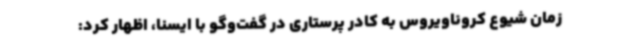
زمان شیوع کروناویروس به کادر پرستاری در گفت‌وگو با ایسنا، اظهار کرد: